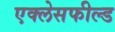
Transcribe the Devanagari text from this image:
एक्लेसफील्ड